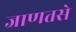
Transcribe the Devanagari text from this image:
जाणतसे